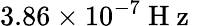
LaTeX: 3.86\times 10^{-7}\mathrm{~H~z~}